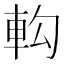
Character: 𨊵